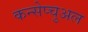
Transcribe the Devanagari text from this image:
कन्सेप्चुअल